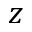
z